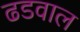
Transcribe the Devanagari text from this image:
ढडवाल